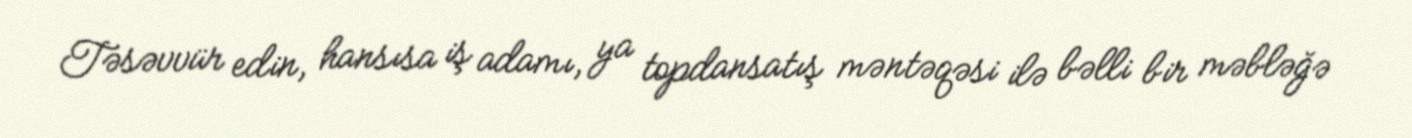
Təsəvvür edin, hansısa iş adamı, ya topdansatış məntəqəsi ilə bəlli bir məbləğə